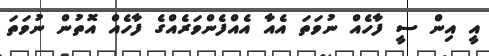
އީ އިން ސީ ފާހެއް ނުވަތަ އެއާ އެއްފެންވަރެއްގެ ފާހެއް އޮތުން ނުވަތަ